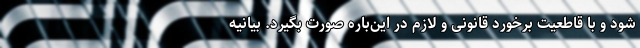
شود و با قاطعیت برخورد قانونی و لازم در این‌باره صورت بگیرد. بیانیه